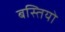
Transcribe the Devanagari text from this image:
बस्‍तियो